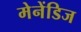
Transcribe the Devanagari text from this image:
मेनेंडिज